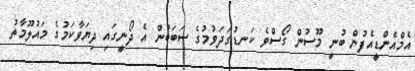
އެމްއެންޑީއެފުން ބުނީ މޫސުން ގޯސްވެ ކަނޑުގަދަވުމުގެ ސަބަބުން އެ ދޯނީގައި ދިޔަވާކަމުގެ މައުލޫމާތު